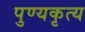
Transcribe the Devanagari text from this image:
पुण्यकृत्य